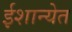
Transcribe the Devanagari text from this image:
ईशान्येत